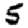
Digit: 5